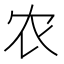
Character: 农